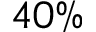
4 0 \%